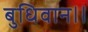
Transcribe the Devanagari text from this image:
बुधिवान।।